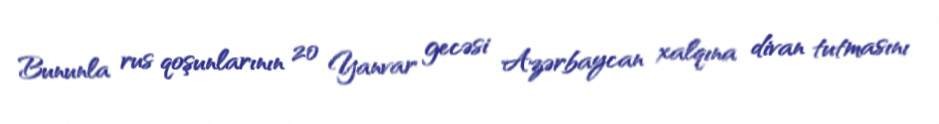
Bununla rus qoşunlarının 20 Yanvar gecəsi Azərbaycan xalqına divan tutmasını